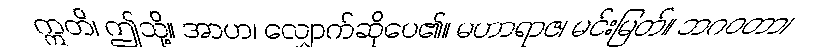
ဣတိ၊ ဤသို့။ အာဟ၊ လျှောက်ဆိုပေ၏။ မဟာရာဇ၊ မင်းမြတ်။ ဘဂဝတာ၊